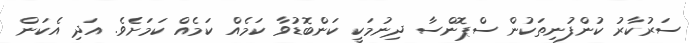
ސަރުކާރު ކުންފުނިތަކުން ސްޕޮންސާ ދިނުމަކީ ކަންބޮޑުވާ ކަމެއް ކަމެއް ކަމަށެެވެ. އަދި އެކަން